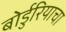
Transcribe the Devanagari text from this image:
बोर्डुरियाचा